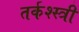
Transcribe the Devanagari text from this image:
तर्कश्स्त्री